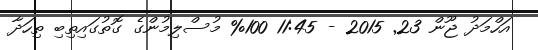
އަހްމަދު ޖޫން 23